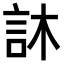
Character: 𮗼